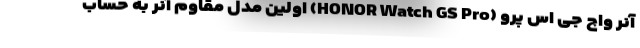
آنر واچ جی اس پرو (HONOR Watch GS Pro) اولین مدل مقاوم آنر به حساب